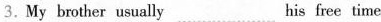
3.My brother usually ___ his free time